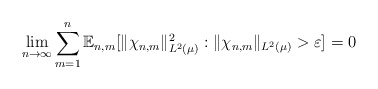
\begin{align*} \lim_{n \to \infty} \sum_{m=1}^n \mathbb{E}_{n,m}[ \|\chi_{n,m} \|_{L^2(\mu)}^2 : \|\chi_{n,m} \|_{L^2(\mu)} > \varepsilon ] = 0\end{align*}